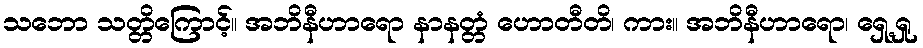
သဘော သတ္တိကြောင့်။ အဘိနီဟာရော နာနတ္တံ ဟောတီတိ၊ ကား။ အဘိနီဟာရော၊ ရှေ့ရှု